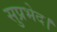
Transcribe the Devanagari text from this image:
सुप्रभेद।